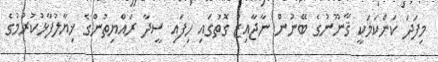
މިފަދަ ކަންކަމަކީ ޤާނޫނުގެ ބޭނުން ނާޖާއިޒު ގޮތުގައި ހިފައި ސީދާ ރައްޔިތުންގެ ޚިޔާލުފާޅުކުރުމުގެ